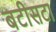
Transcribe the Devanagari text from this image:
बटीसटा